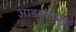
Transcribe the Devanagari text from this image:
आडनावामुळे